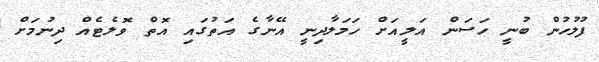
ފުލުހުން ބުނީ ހަސަން އަލީއަށް ހަމަލާދިނީ އޭނާގެ އަތުގައި އޮތް ވޮލެޓެއް ދިނުމަށް